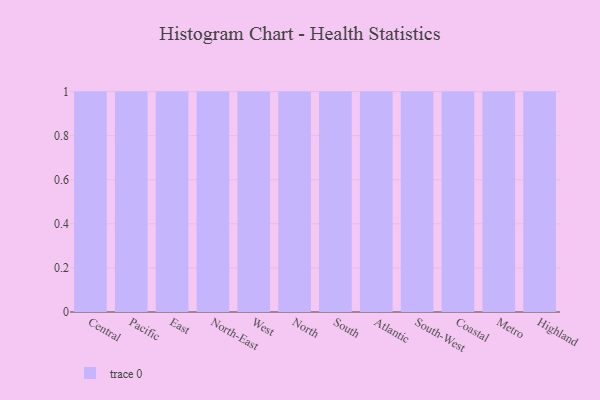
{"axis": {"x": "Region", "y": "Tickets Resolved"}, "legend": [""], "data": [{"x": "Central", "y": 99, "type": ""}, {"x": "Pacific", "y": 45, "type": ""}, {"x": "East", "y": 2, "type": ""}, {"x": "North-East", "y": 14, "type": ""}, {"x": "West", "y": 37, "type": ""}, {"x": "North", "y": 11, "type": ""}, {"x": "South", "y": 77, "type": ""}, {"x": "Atlantic", "y": 100, "type": ""}, {"x": "South-West", "y": 43, "type": ""}, {"x": "Coastal", "y": 12, "type": ""}, {"x": "Metro", "y": 56, "type": ""}, {"x": "Highland", "y": 31, "type": ""}]}